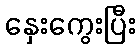
နှေးကွေးပြီး